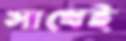
সাথেই